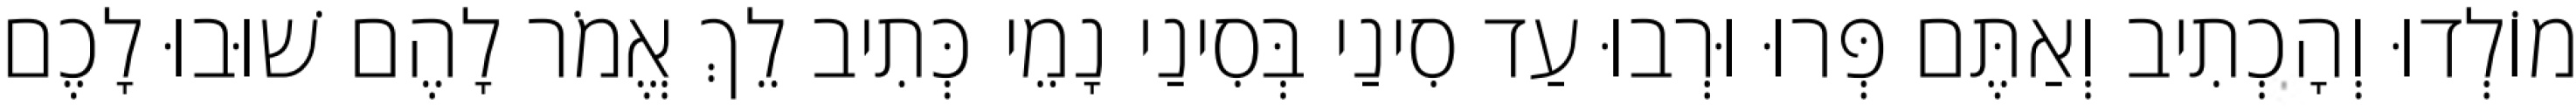
מוֹלְדוּ וְהָכְתִיב וְאַתֶּם פְּרוּ וּרְבוּ עַד סִינַי בְּסִינַי נָמֵי כְּתִיב לֵךְ אֱמֹר לָהֶם שׁוּבוּ לָכֶם